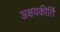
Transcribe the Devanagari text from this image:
अक्षयकीर्ति